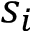
s _ { i }